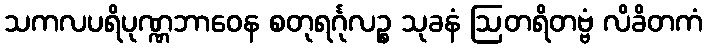
သကလပရိပုဏ္ဏဘာဝေန စတုရင်္ဂုလဉ္စ သုခနံ ဩတရိတဗ္ဗံ လိခိတကံ